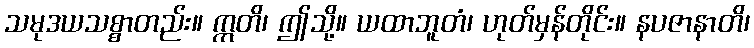
သမုဒယသစ္စာတည်း။ ဣတိ၊ ဤသို့။ ယထာဘူတံ၊ ဟုတ်မှန်တိုင်း။ နပဇာနာတိ၊